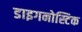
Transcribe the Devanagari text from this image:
डाइगनोस्टिक